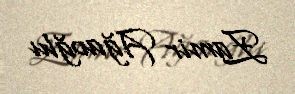
Zamir Ağaoğlu